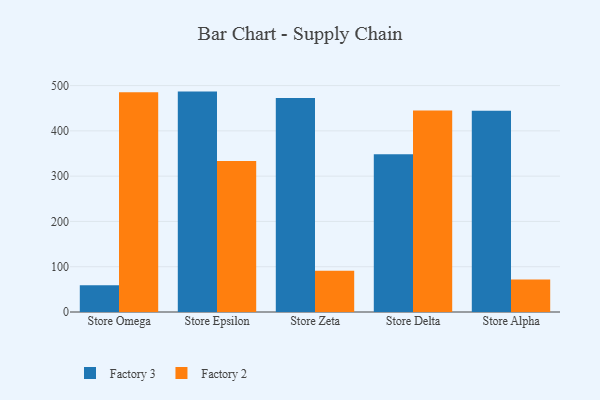
{"axis": {"x": "Store", "y": "Backlog"}, "legend": ["Factory 2", "Factory 3"], "data": [{"x": "Store Omega", "y": 59.1, "type": "Factory 3"}, {"x": "Store Omega", "y": 485.1, "type": "Factory 2"}, {"x": "Store Epsilon", "y": 486.7, "type": "Factory 3"}, {"x": "Store Epsilon", "y": 333.4, "type": "Factory 2"}, {"x": "Store Zeta", "y": 472.5, "type": "Factory 3"}, {"x": "Store Zeta", "y": 90.9, "type": "Factory 2"}, {"x": "Store Delta", "y": 348.5, "type": "Factory 3"}, {"x": "Store Delta", "y": 445.1, "type": "Factory 2"}, {"x": "Store Alpha", "y": 444.3, "type": "Factory 3"}, {"x": "Store Alpha", "y": 71.5, "type": "Factory 2"}]}